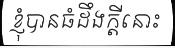
ខ្ញុំបានធំដឹងក្តីនោះ